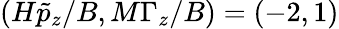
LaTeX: (H\tilde{p}_{z}/B,M\Gamma_{z}/B)=(-2,1)